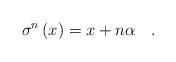
LaTeX: \begin{align*}\sigma ^{n}\left( x\right) =x+n\alpha \quad .\end{align*}